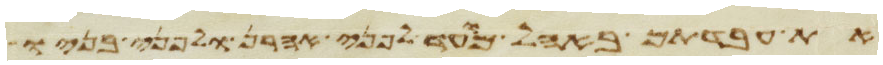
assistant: את עבדתם באהל מועד לפני אהרן ולפני בניו